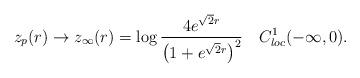
LaTeX: \begin{align*}z_p(r)\to z_\infty(r)=\log\frac{4e^{\sqrt2r}}{\left(1+e^{\sqrt2r}\right)^2} \quad C^1_{loc}(-\infty,0).\end{align*}